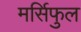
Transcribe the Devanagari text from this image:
मर्सिफुल